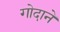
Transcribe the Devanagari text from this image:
गोदाने